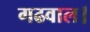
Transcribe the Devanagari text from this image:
गढवाल।